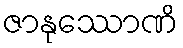
ဇာနုဿောဏိ